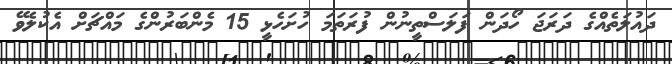
ދައުލަތެއްގެ ދަރަޖަ ހޯދަން ފަލަސްތީނުން ފުރަތަމަ ހުށަހެޅީ 15 މެންބަރުންގެ މައްޗަށް އެކުލެވޭ